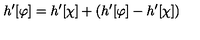
h ^ { \prime } [ \varphi ] = h ^ { \prime } [ \chi ] + \left( h ^ { \prime } [ \varphi ] - h ^ { \prime } [ \chi ] \right)